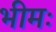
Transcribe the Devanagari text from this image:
भीमः